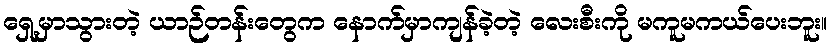
ရှေ့မှာသွားတဲ့ ယာဉ်တန်းတွေက နောက်မှာကျန်ခဲ့တဲ့ လေးစီးကို မကူမကယ်ပေးဘူး။